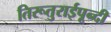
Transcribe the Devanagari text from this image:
तिरूतुराईपून्दी